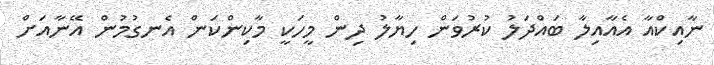
ނާއިކްއާ އެއާއިލާ ބައްދަލު ކުރުވަން ހިޔާލު ދިން މީހަކީ މާކިންކަން އެނގުމުން އޭނާއަށް